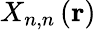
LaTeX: X_{n,n}\left(\mathbf{r}\right)